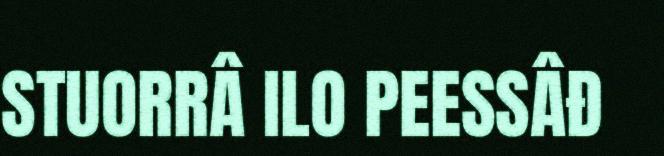
STUORRÂ ILO PEESSÂĐ